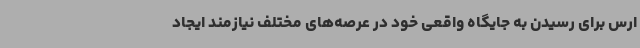
ارس برای رسیدن به جایگاه واقعی خود در عرصه‌های مختلف نیازمند ایجاد